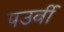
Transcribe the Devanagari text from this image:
पउर्वी